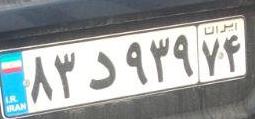
۸۳د۹۳۹۷۴